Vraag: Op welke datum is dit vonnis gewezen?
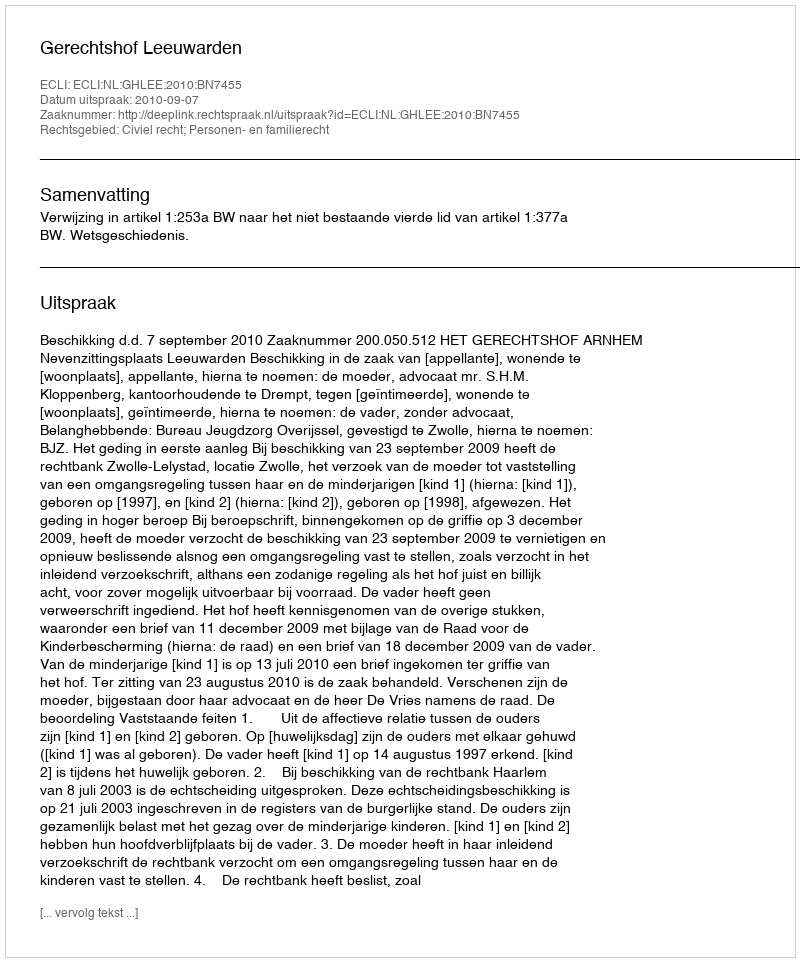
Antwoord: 2010-09-07